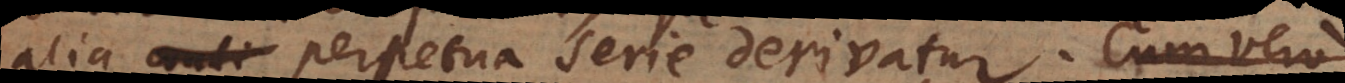
alia ante perpetua serie derivatur. Cum vero